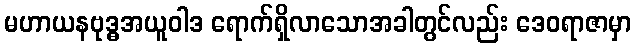
မဟာယနဗုဒ္ဓအယူဝါဒ ရောက်ရှိလာသောအခါတွင်လည်း ဒေဝရာဇာမှာ